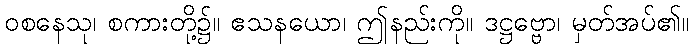
ဝစနေသု၊ စကားတို့၌။ ဧသနယော၊ ဤနည်းကို။ ဒဋ္ဌဗ္ဗော၊ မှတ်အပ်၏။